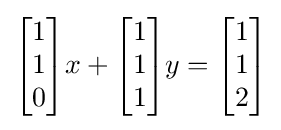
{\begin{bmatrix}1\\1\\0\end{bmatrix}}x+{\begin{bmatrix}1\\1\\1\end{bmatrix}}y={\begin{bmatrix}1\\1\\2\end{bmatrix}}